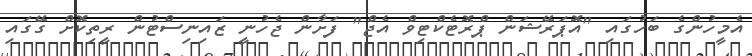
އެމީހުންގެ ބަހުގައި "އޮޕަރޭޝަން ޕްރޮޓެކްޓިވް އެޖް" ފަށާން ޖެހުނީ ޒައިނިސްޓުން ރީތިކޮށް ގޭގައި